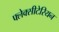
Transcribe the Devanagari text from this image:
फ्लेक्सीटेरियन